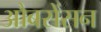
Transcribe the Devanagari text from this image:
औबसेंसन